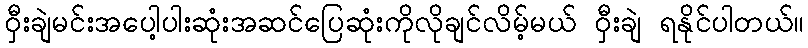
ဝှီးချဲမင်းအပေါ့ပါးဆုံးအဆင်ပြေဆုံးကိုလိုချင်လိမ့်မယ် ဝှီးချဲ ရနိုင်ပါတယ်။